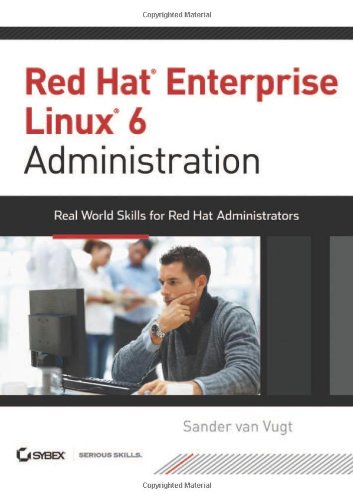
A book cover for Red Hat Enterprise Linux 6 Administration: Real World Skills for Red Hat Administrators; Sander van Vugt; Computers & Technology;